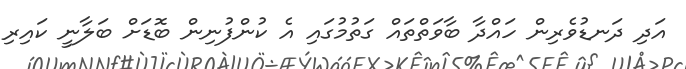
އަދި ދަނޑުވެރިން ހައްދާ ބާވަތްތައް ގަތުމުގައި އެ ކުންފުނިން ބޮޑަށް ބަލާނީ ކައިރި